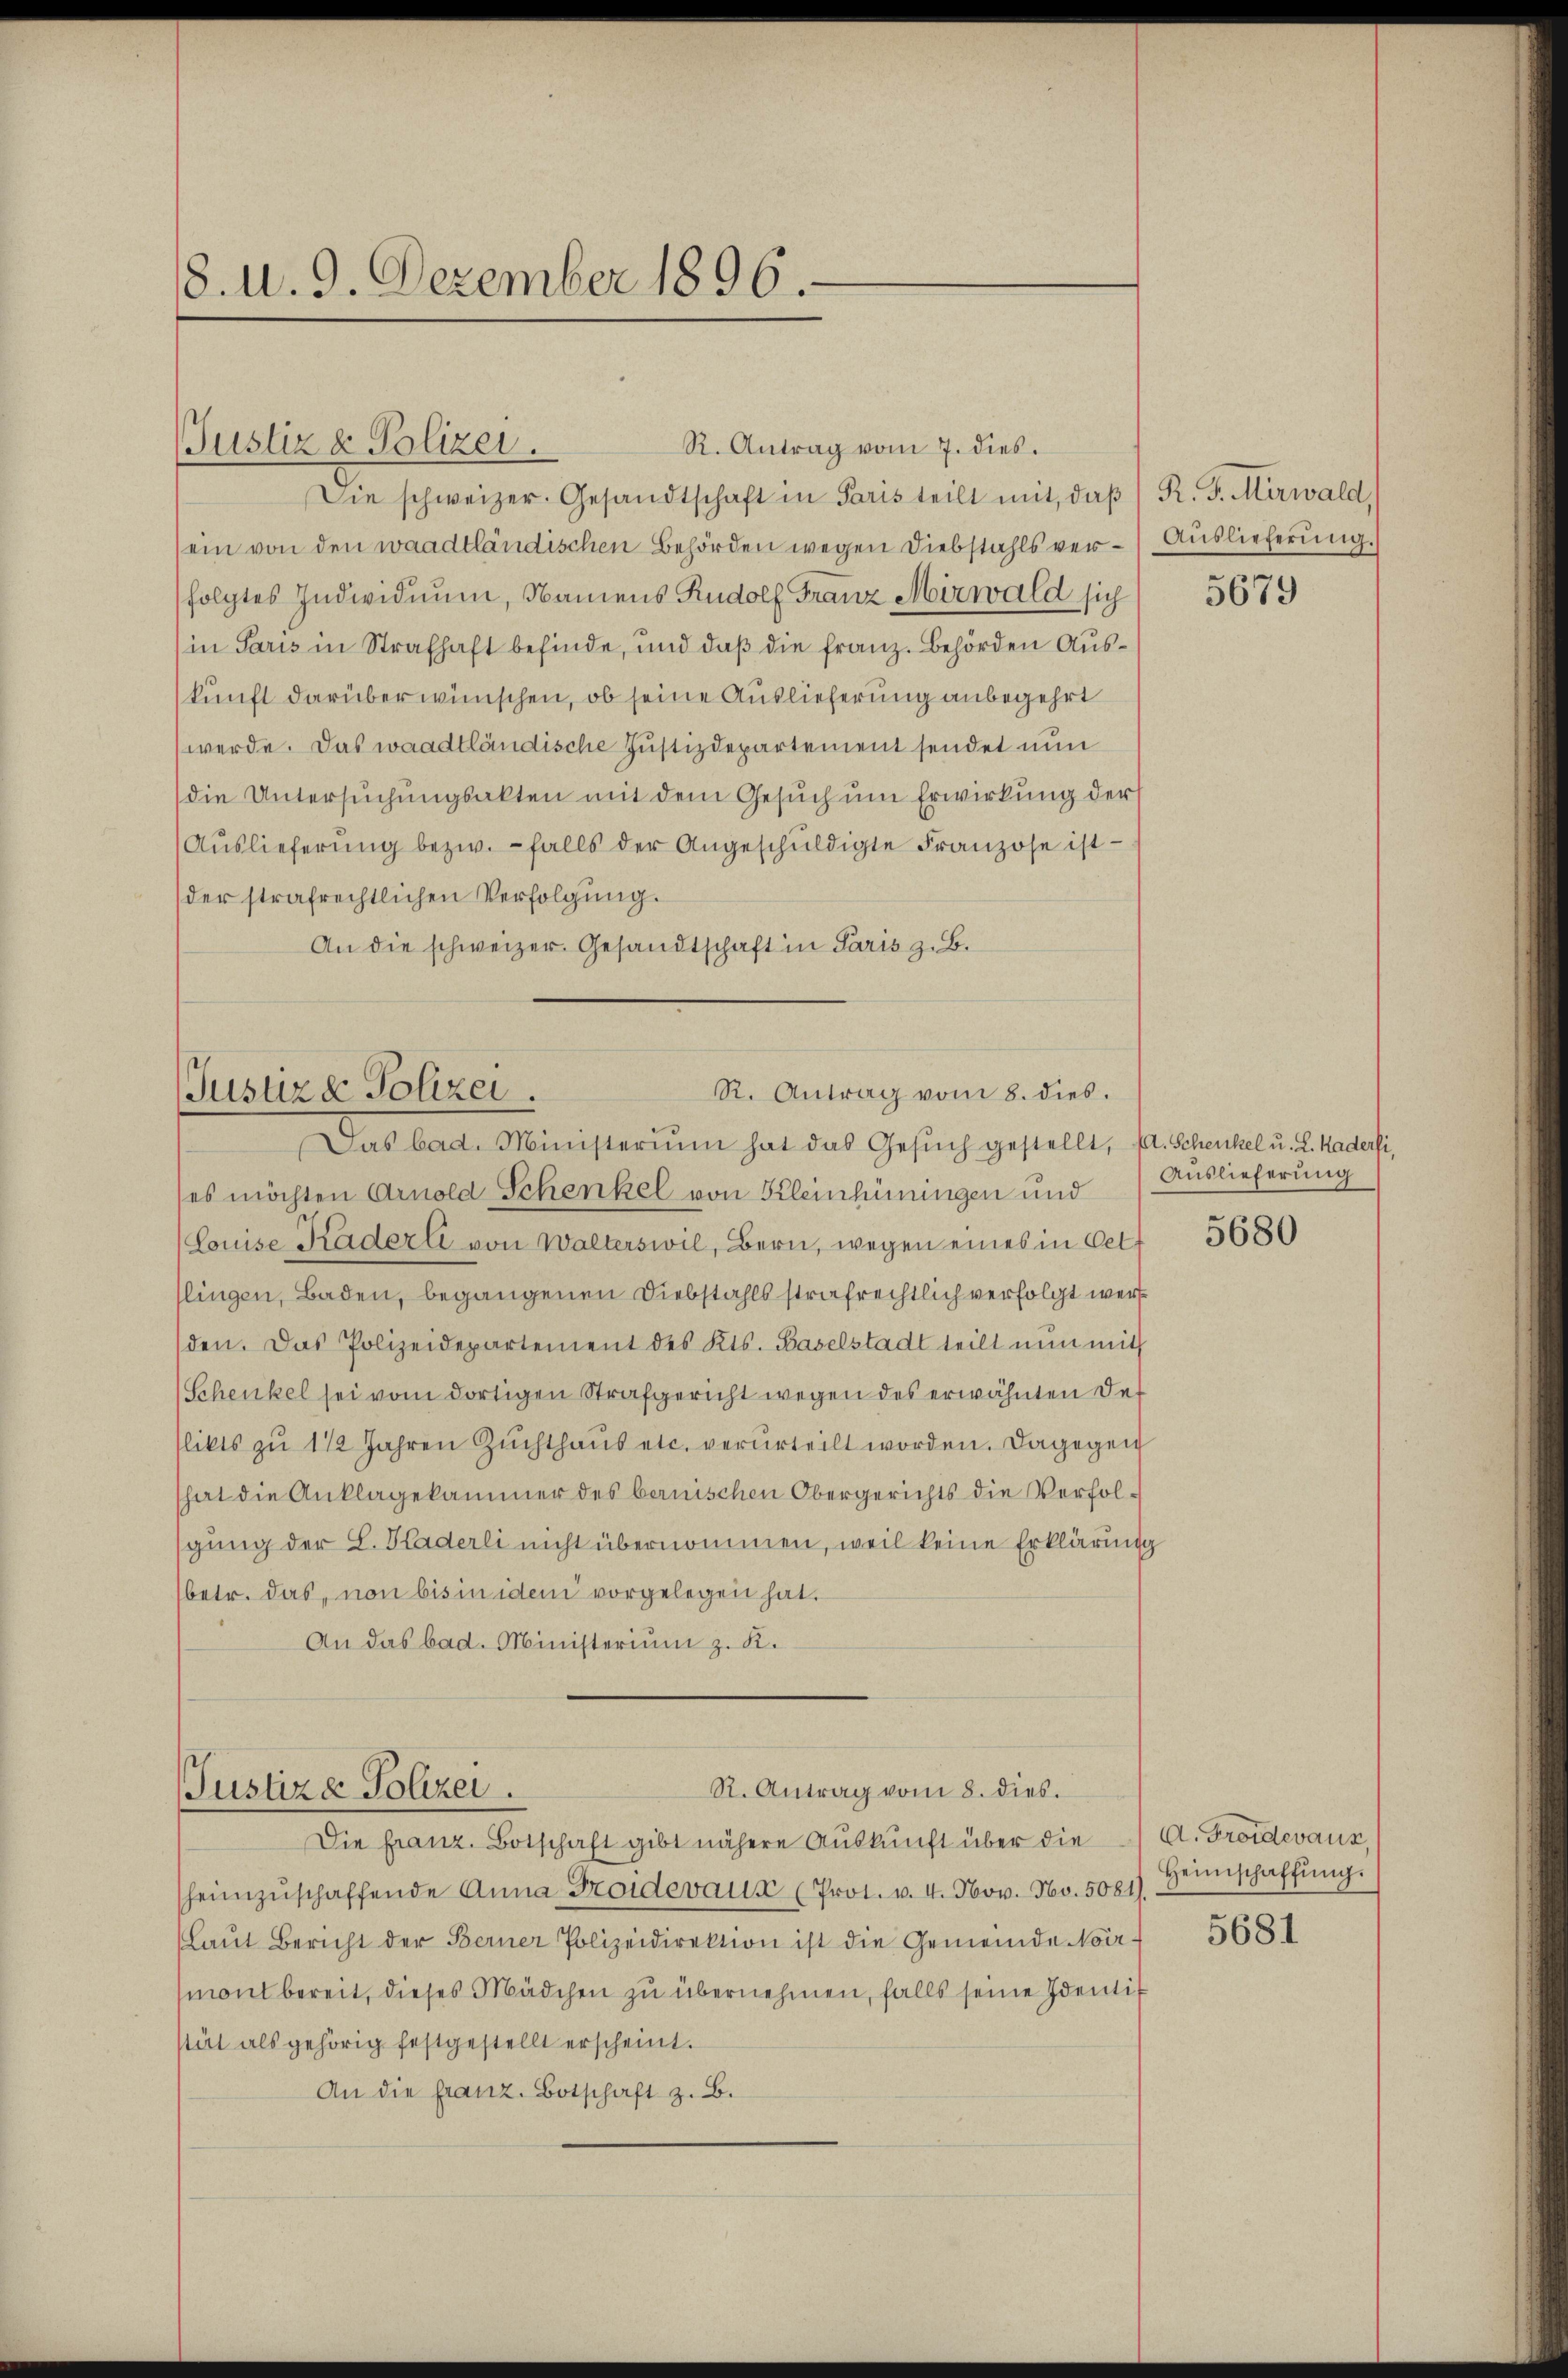
8. d. 9. Dezember 1896.

Die schweizer. Gesandtschaft in Paris teilt mit, daβ / R. F. Mirwald,
ein von den waadtländischen Behörden wegen Diebstahls ver-Auslieferung.
folgtes Individuum, Namens Rudolf Franz Mirwald sich
in Paris in Strafhaft befinde, und daß die franz. Behörden Auskunft darüber wünschen, ob seine Auslieferung anbegehrt
werde. Das waadtländische Justizdepartement sendet nun
die Untersŭchŭngsakten mit dem Gesŭch ŭm Erwirkung der
Aŭslieferŭng bezw. - falls der Angeschŭldigte Franzose ist
der strafrechtlichen Verfolgung.
An die schweizer. Gesandtschaft in Paris z. B.

(Justiz & Polizei.

R. Antrag vom 7. dies

R. Antrag vom 8. dies.
Jusure Polizei.
Das bad. Ministerium hat das Gesŭch gestellt, s. Schenkel u. L. Kaderfi,

es möchten Arnold Schenkel von Kleinhüningen und
(Louise Kaderli von Walterswil, Bern, wegen eines in Oetslingen, Baden, begangenen Diebstahls strafrechtlich verfolgt werden. Das Polizeidepartement des Kts. Baselstadt teilt nun mit
(Schenkel sei vom dortigen Strafgericht wegen des erwähnten Deflikts zŭ 1 1/2 Jahren Zŭchthaŭs etc. verurteilt worden. Dagegen
hat die Anklagekammer des benischen Obergerichts die Verfolgung der L. Kaderli nicht übernommen, weil keine Erklärung
betr. das, von bis in idem vorgelegen hat.
An das bad. Ministerium z. K.

St. Antrag vom 8. dies.
Justiz & Polizei.
Die franz. Botschaft gibt nähere Auskunft über die

heimzŭschaffende Anna Troidevaux (Prot. v. 4. Nov. Nov. 5081).
(Laŭt Bericht der Berner Polizeidirektion ist die Gemeinde Noir-
moil bereit, dieses Mädchen zu übernehmen, falls seine Identif
stät als gehörig festgestellt erscheint.
An die franz. Botschaft z. B.

5679

Auslieferung

5680

A. Froideraus
Heimschaffung.

5681